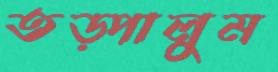
তড়্‌পালুম